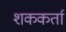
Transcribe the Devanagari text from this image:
शककर्ता